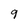
Character: 9